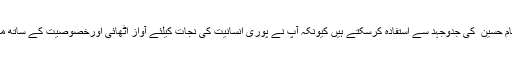
اس کے علاوہ موجودہ معاشروں کے تمام حاکم طبقات اور محروم و مظلوم طبقات امام حسین ؑ کی جدوجہد سے استفادہ کرسکتے ہیں کیونکہ آپ نے پوری انسانیت کی نجات کیلئے آواز اٹھائی اورخصوصیت کے ساتھ محروم‘ مظلوم اور پسے ہوئے طبقات کے خلاف ہونے والی سازشوں کو بے نقاب کیا۔